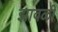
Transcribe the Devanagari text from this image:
झावळी